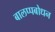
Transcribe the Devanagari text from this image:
बालप्पबोधन